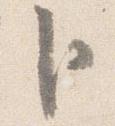
臣